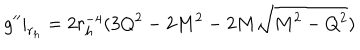
g ^ { \prime \prime } | _ { r _ { h } } = 2 r _ { h } ^ { - 4 } ( 3 Q ^ { 2 } - 2 M ^ { 2 } - 2 M \sqrt { M ^ { 2 } - Q ^ { 2 } } )